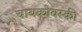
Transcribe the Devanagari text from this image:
चायकोवस्की